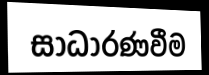
සාධාරණවීම